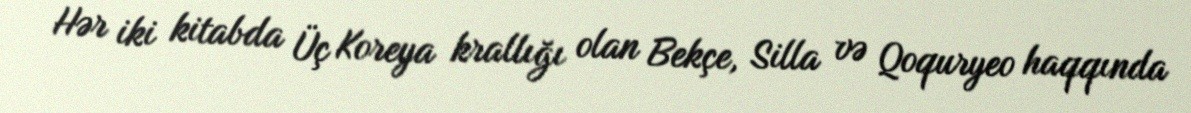
Hər iki kitabda Üç Koreya krallığı olan Bekçe, Silla və Qoquryeo haqqında